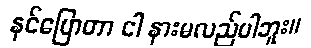
နင်ပြောတာ ငါ နားမလည်ပါဘူး။